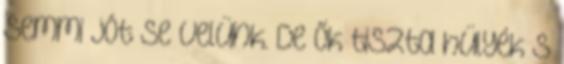
semmi jót se velünk. De ők tiszta hülyék s